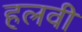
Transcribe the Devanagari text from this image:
हलवी